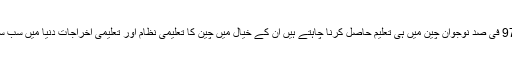
چین کے 97 فی صد نوجوان چین میں ہی تعلیم حاصل کرنا چاہتے ہیں ان کے خیال میں چین کا تعلیمی نظام اور تعلیمی اخراجات دنیا میں سب سے کم ہیں۔